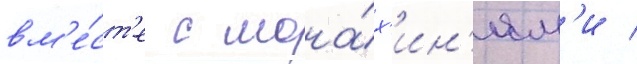
вм'е́ст'е с мона́х'ин'ям'и /